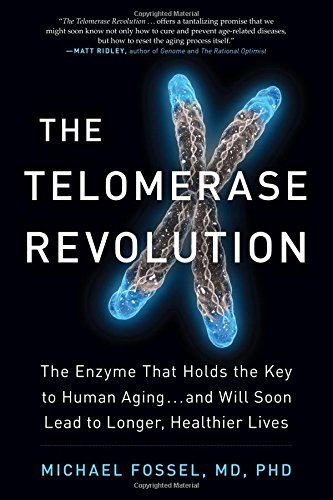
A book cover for The Telomerase Revolution: The Enzyme That Holds the Key to Human AgingE¦and Will Soon Lead to Longer, Healthier Lives; Michael Fossel; Medical Books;